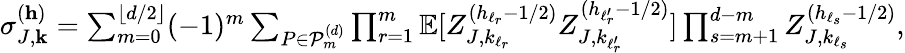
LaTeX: \begin{array}{r}{\sigma_{J,\textbf{k}}^{(\mathbf{h})}=\sum_{m=0}^{\lfloor d/2\rfloor}(-1)^{m}\sum_{P\in\mathcal{P}_{m}^{(d)}}\prod_{r=1}^{m}\mathbb{E}[Z_{J,k_{\ell_{r}}}^{(h_{\ell_{r}}-1/2)}Z_{J,k_{\ell_{r}^{\prime}}}^{(h_{\ell_{r}^{\prime}}-1/2)}]\prod_{s=m+1}^{d-m}Z_{J,k_{\ell_{s}}}^{(h_{\ell_{s}}-1/2)},}\end{array}